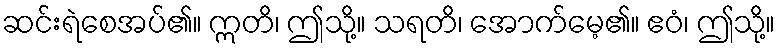
ဆင်းရဲစေအပ်၏။ ဣတိ၊ ဤသို့။ သရတိ၊ အောက်မေ့၏။ ဧဝံ၊ ဤသို့။